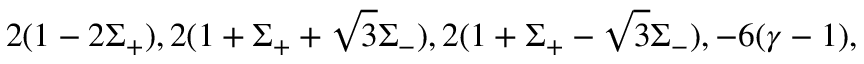
2 ( 1 - 2 \Sigma _ { + } ) , 2 ( 1 + \Sigma _ { + } + \sqrt { 3 } \Sigma _ { - } ) , 2 ( 1 + \Sigma _ { + } - \sqrt { 3 } \Sigma _ { - } ) , - 6 ( \gamma - 1 ) ,